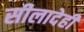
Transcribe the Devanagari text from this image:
सीलादेही